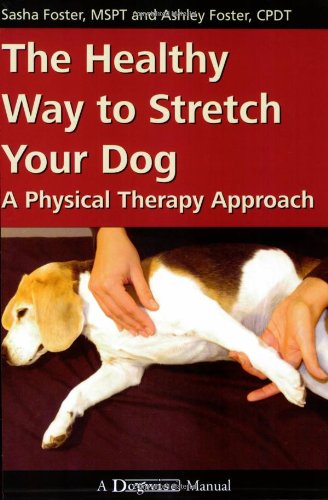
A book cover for The Healthy Way to Stretch Your Dog: A Physical Therapy Approach (Dogwise Manual); Sasha Foster; Health, Fitness & Dieting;